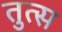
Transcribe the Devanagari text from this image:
तुत्स